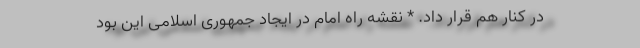
در کنار هم قرار داد. * نقشه راه امام در ایجاد جمهوری اسلامی این بود